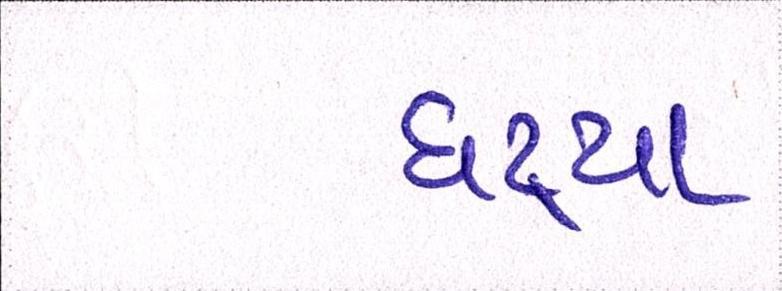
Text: ઘટ્યા